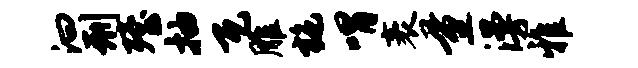
汩刑殪抽瓦雕施喟袤量漫雅